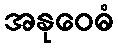
အနုဝေဓံ